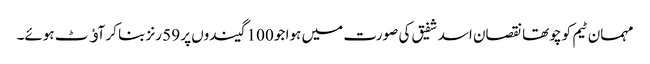
مہمان ٹیم کو چوتھا نقصان اسد شفیق کی صورت میں ہوا جو 100 گیندوں پر 59 رنز بنا کر آﺅٹ ہوئے۔